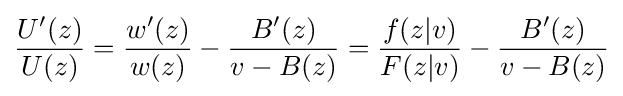
{\frac {{{U}^{\prime }}(z)}{U(z)}}={\frac {{w}'(z)}{w(z)}}-{\frac {{B}'(z)}{v-B(z)}}={\frac {f(z|v)}{F(z|v)}}-{\frac {{B}'(z)}{v-B(z)}}